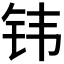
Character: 𬬬